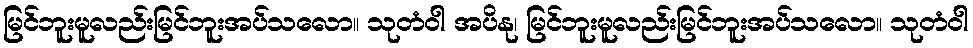
မြင်ဘူးမူလည်းမြင်ဘူးအပ်သလော။ သုတံဝါ အပိနု၊ မြင်ဘူးမူလည်းမြင်ဘူးအပ်သလော။ သုတံဝါ